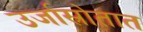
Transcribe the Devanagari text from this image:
उर्जास्रोतात